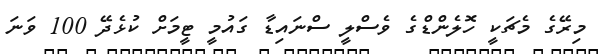
މިރޭގެ މެޗަކީ ހޮލެންޑްގެ ވެސްލީ ސްނައިޑާ ގައުމީ ޓީމަށް ކުޅެދޭ 100 ވަނަ